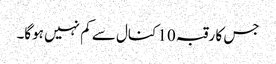
جس کا رقبہ 10 کنال سے کم نہیں ہوگا۔